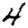
Digit: 4